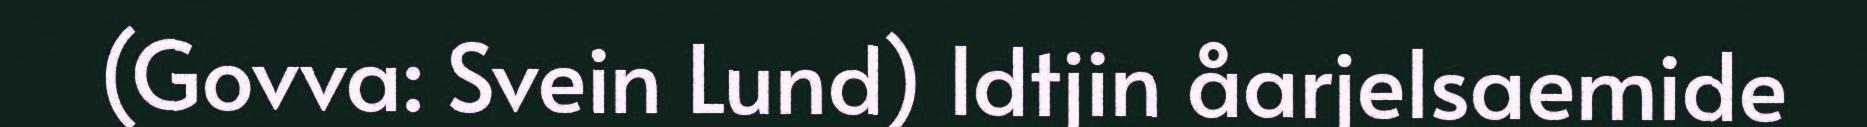
(Govva: Svein Lund) Idtjin åarjelsaemide